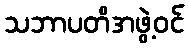
သဘာပတိအဖွဲ့ဝင်